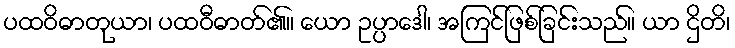
ပထဝိဓာတုယာ၊ ပထဝီဓာတ်၏။ ယော ဥပ္ပာဒေါ၊ အကြင်ဖြစ်ခြင်းသည်။ ယာ ဌိတိ၊